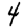
Digit: 4